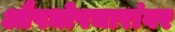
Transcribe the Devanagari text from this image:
औषधोपचारांवर